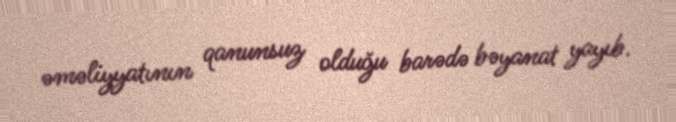
əməliyyatının qanunsuz olduğu barədə bəyanat yayıb.